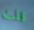
قلت